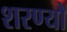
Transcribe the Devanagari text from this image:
शरण्यौ